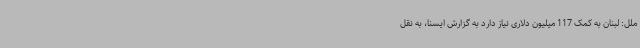
ملل: لبنان به کمک 117 میلیون دلاری نیاز دارد به گزارش ایسنا، به نقل